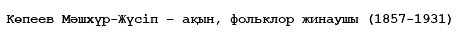
Көпеев Мәшхүр-Жүсіп – ақын, фольклор жинаушы (1857-1931)